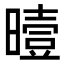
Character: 曀